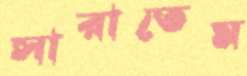
সারাতেম